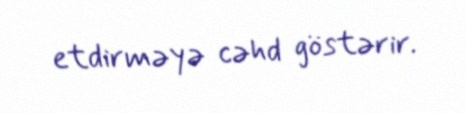
etdirməyə cəhd göstərir.